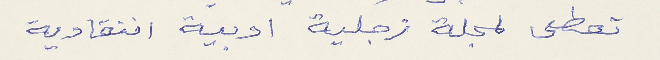
تعطى لمجلة زجلية ادبية انتقادية